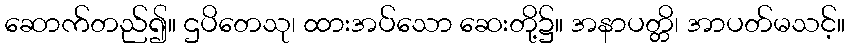
ဆောက်တည်၍။ ဌပိတေသု၊ ထားအပ်သော ဆေးတို့၌။ အနာပတ္တိ၊ အာပတ်မသင့်။